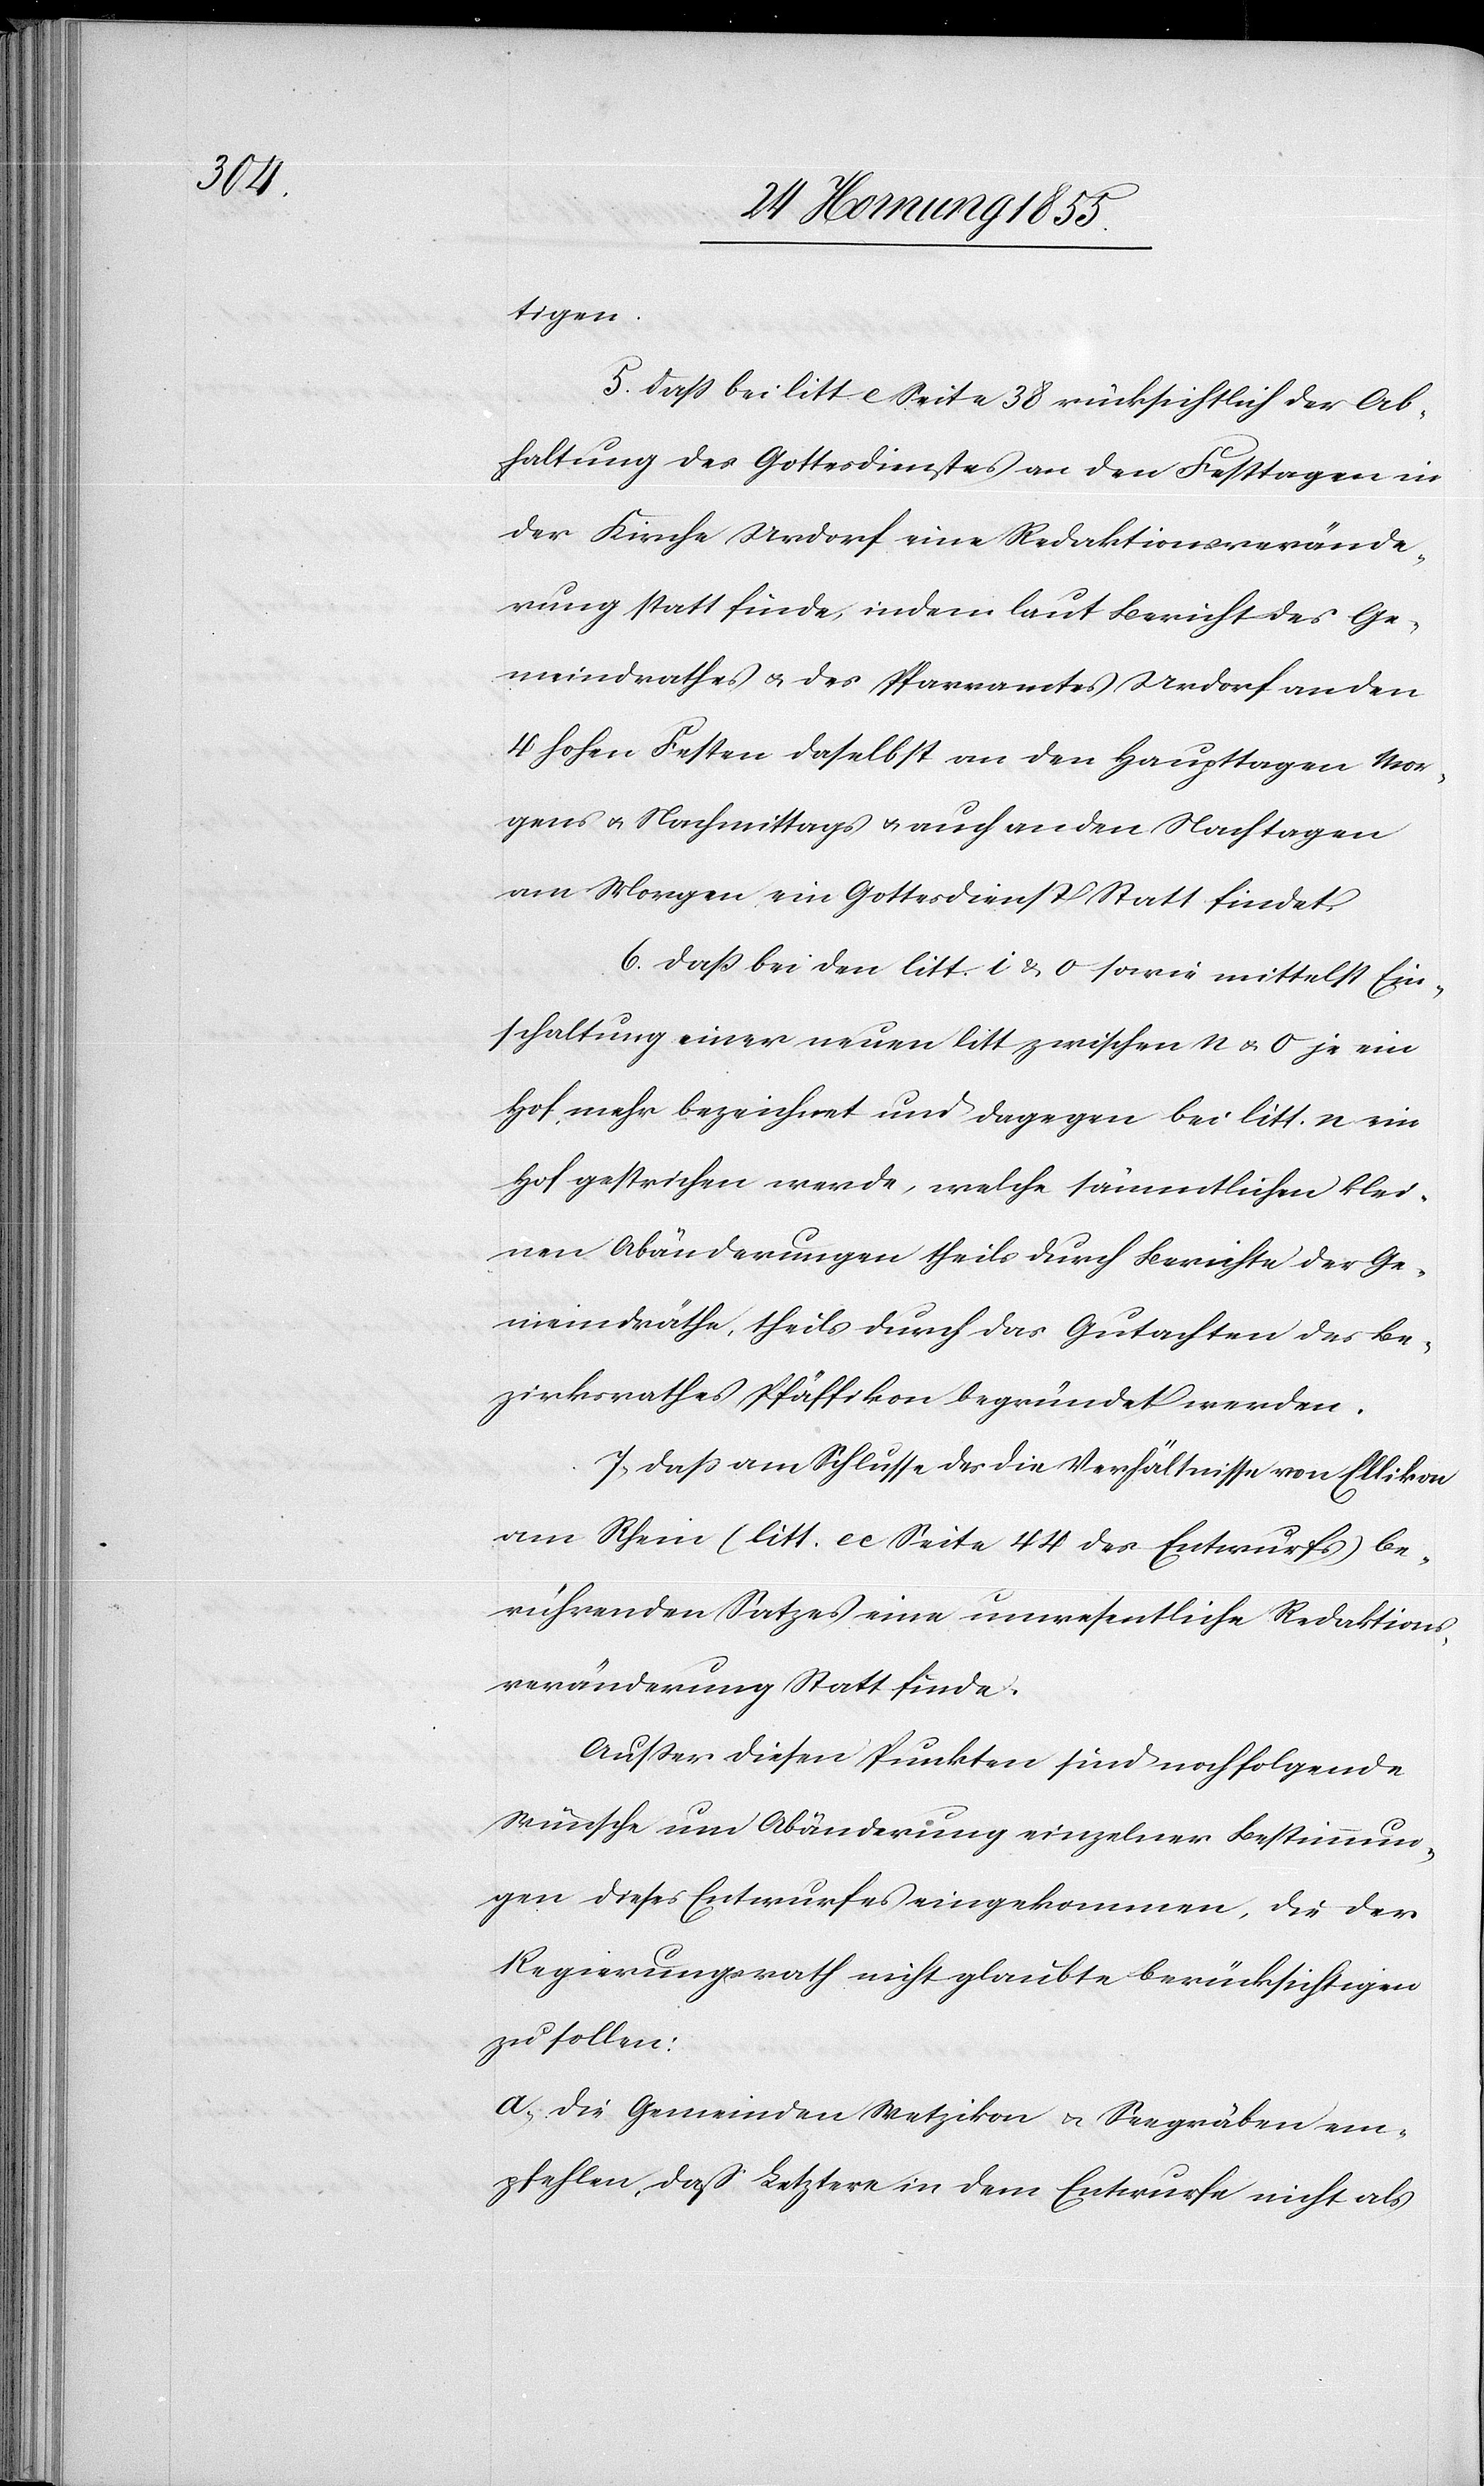
tigen.
5. Daß bei litt e Seite 38 rücksichtlich der Ab¬
haltung des Gottesdienstes an den Festtagen in
der Kirche Urdorf eine Redaktionsverände¬
rung statt finde, indem laut Bericht des Ge¬
meindrathes & des Pfarramtes Urdorf an den
4 hohen Festen daselbst an den Haupttagen Mor¬
gens & Nachmittags & auch an den Nachtagen
am Morgen ein Gottesdienst Statt findet.
6. Daß bei den litt. i & o sowie mittelst Ein¬
schaltung einer neuen litt zwischen n & o je ein
Hof mehr bezeichnet und dagegen bei litt. n ein
Hof gestrichen werde, welche sämmtlichen klei¬
nen Abänderungen theils durch Berichte der Ge¬
meindräthe, theils durch das Gutachten des Be¬
zirksrathes Pfäffikon begründet werden.
7, Daß am Schlusse des die Verhältnisse von Ellikon
am Rhein (litt. [?u] Seite 44 des Entwurfs) be¬
rührenden Satzes eine unwesentliche Redaktions¬
veränderung Statt finde.
Ausser diesen Punkten sind noch folgende
Wünsche um Abänderung einzelner Bestimmun¬
gen dieses Entwurfes eingekommen, die der
Regierungsrath nicht glaubte berücksichtigen
zu sollen:
a, Die Gemeinden Wetzikon & Seegräben em¬
pfehlen, daß Letztere in dem Entwurfe nicht als